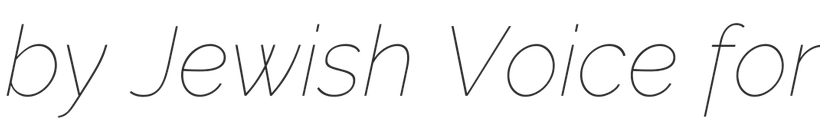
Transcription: by Jewish Voice for